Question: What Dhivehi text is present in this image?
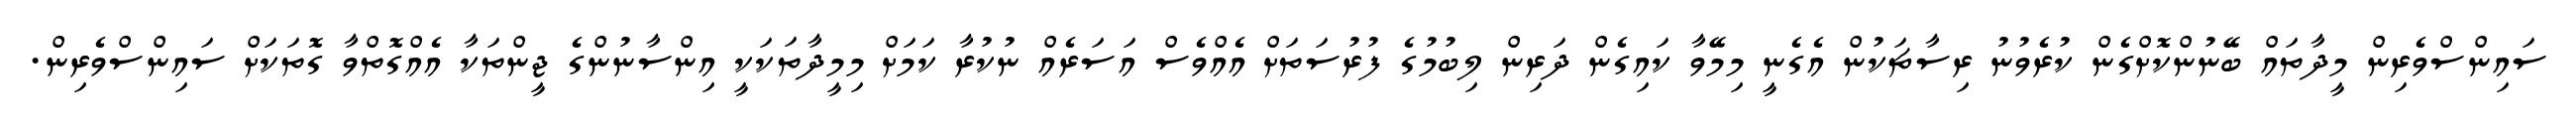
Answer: ސައިންސްވެރިން މީދާތައް ބޭނުންކޮށްގެން ކުރެވުނު ރިސާޗަކުން އެގެނީ މިމޭވާ ކައިގެން ދަރިން ލިބުމުގެ ފުރުސަތަށް އެއްވެސް އަސަރެއް ނުކުރާ ކަމަށް މިމީދާތަކަކީ އިންސާނުންގެ ޖީންތަކާ އެއްގޮތްވާ ގޮތަކަށް ސައިންސްވެރިން.